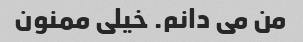
من می دانم. خیلی ممنون